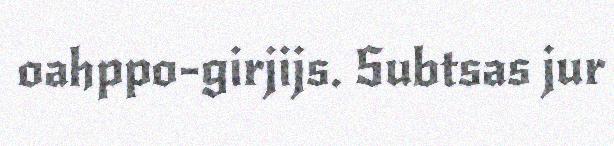
oahppo-girjijs. Subtsas jur